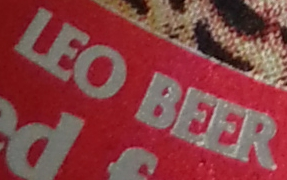
LEO BEER